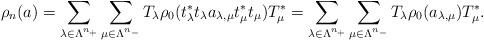
LaTeX: \begin{align*}\rho_n(a)=\sum_{\lambda\in \Lambda^{n_+}}\sum_{\mu \in \Lambda^{n_-}}T_\lambda\rho_0(t_\lambda^*t_\lambda a_{\lambda,\mu}t_\mu^* t_\mu)T_\mu^*=\sum_{\lambda\in \Lambda^{n_+}}\sum_{\mu \in \Lambda^{n_-}}T_\lambda\rho_0(a_{\lambda,\mu})T_\mu^*.\end{align*}